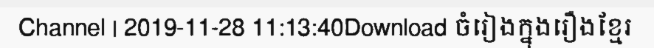
Channel | 2019-11-28 11:13:40Download ចំរៀងក្នុងរឿងខ្មែរ